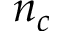
n _ { c }